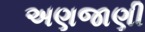
અણજાણી